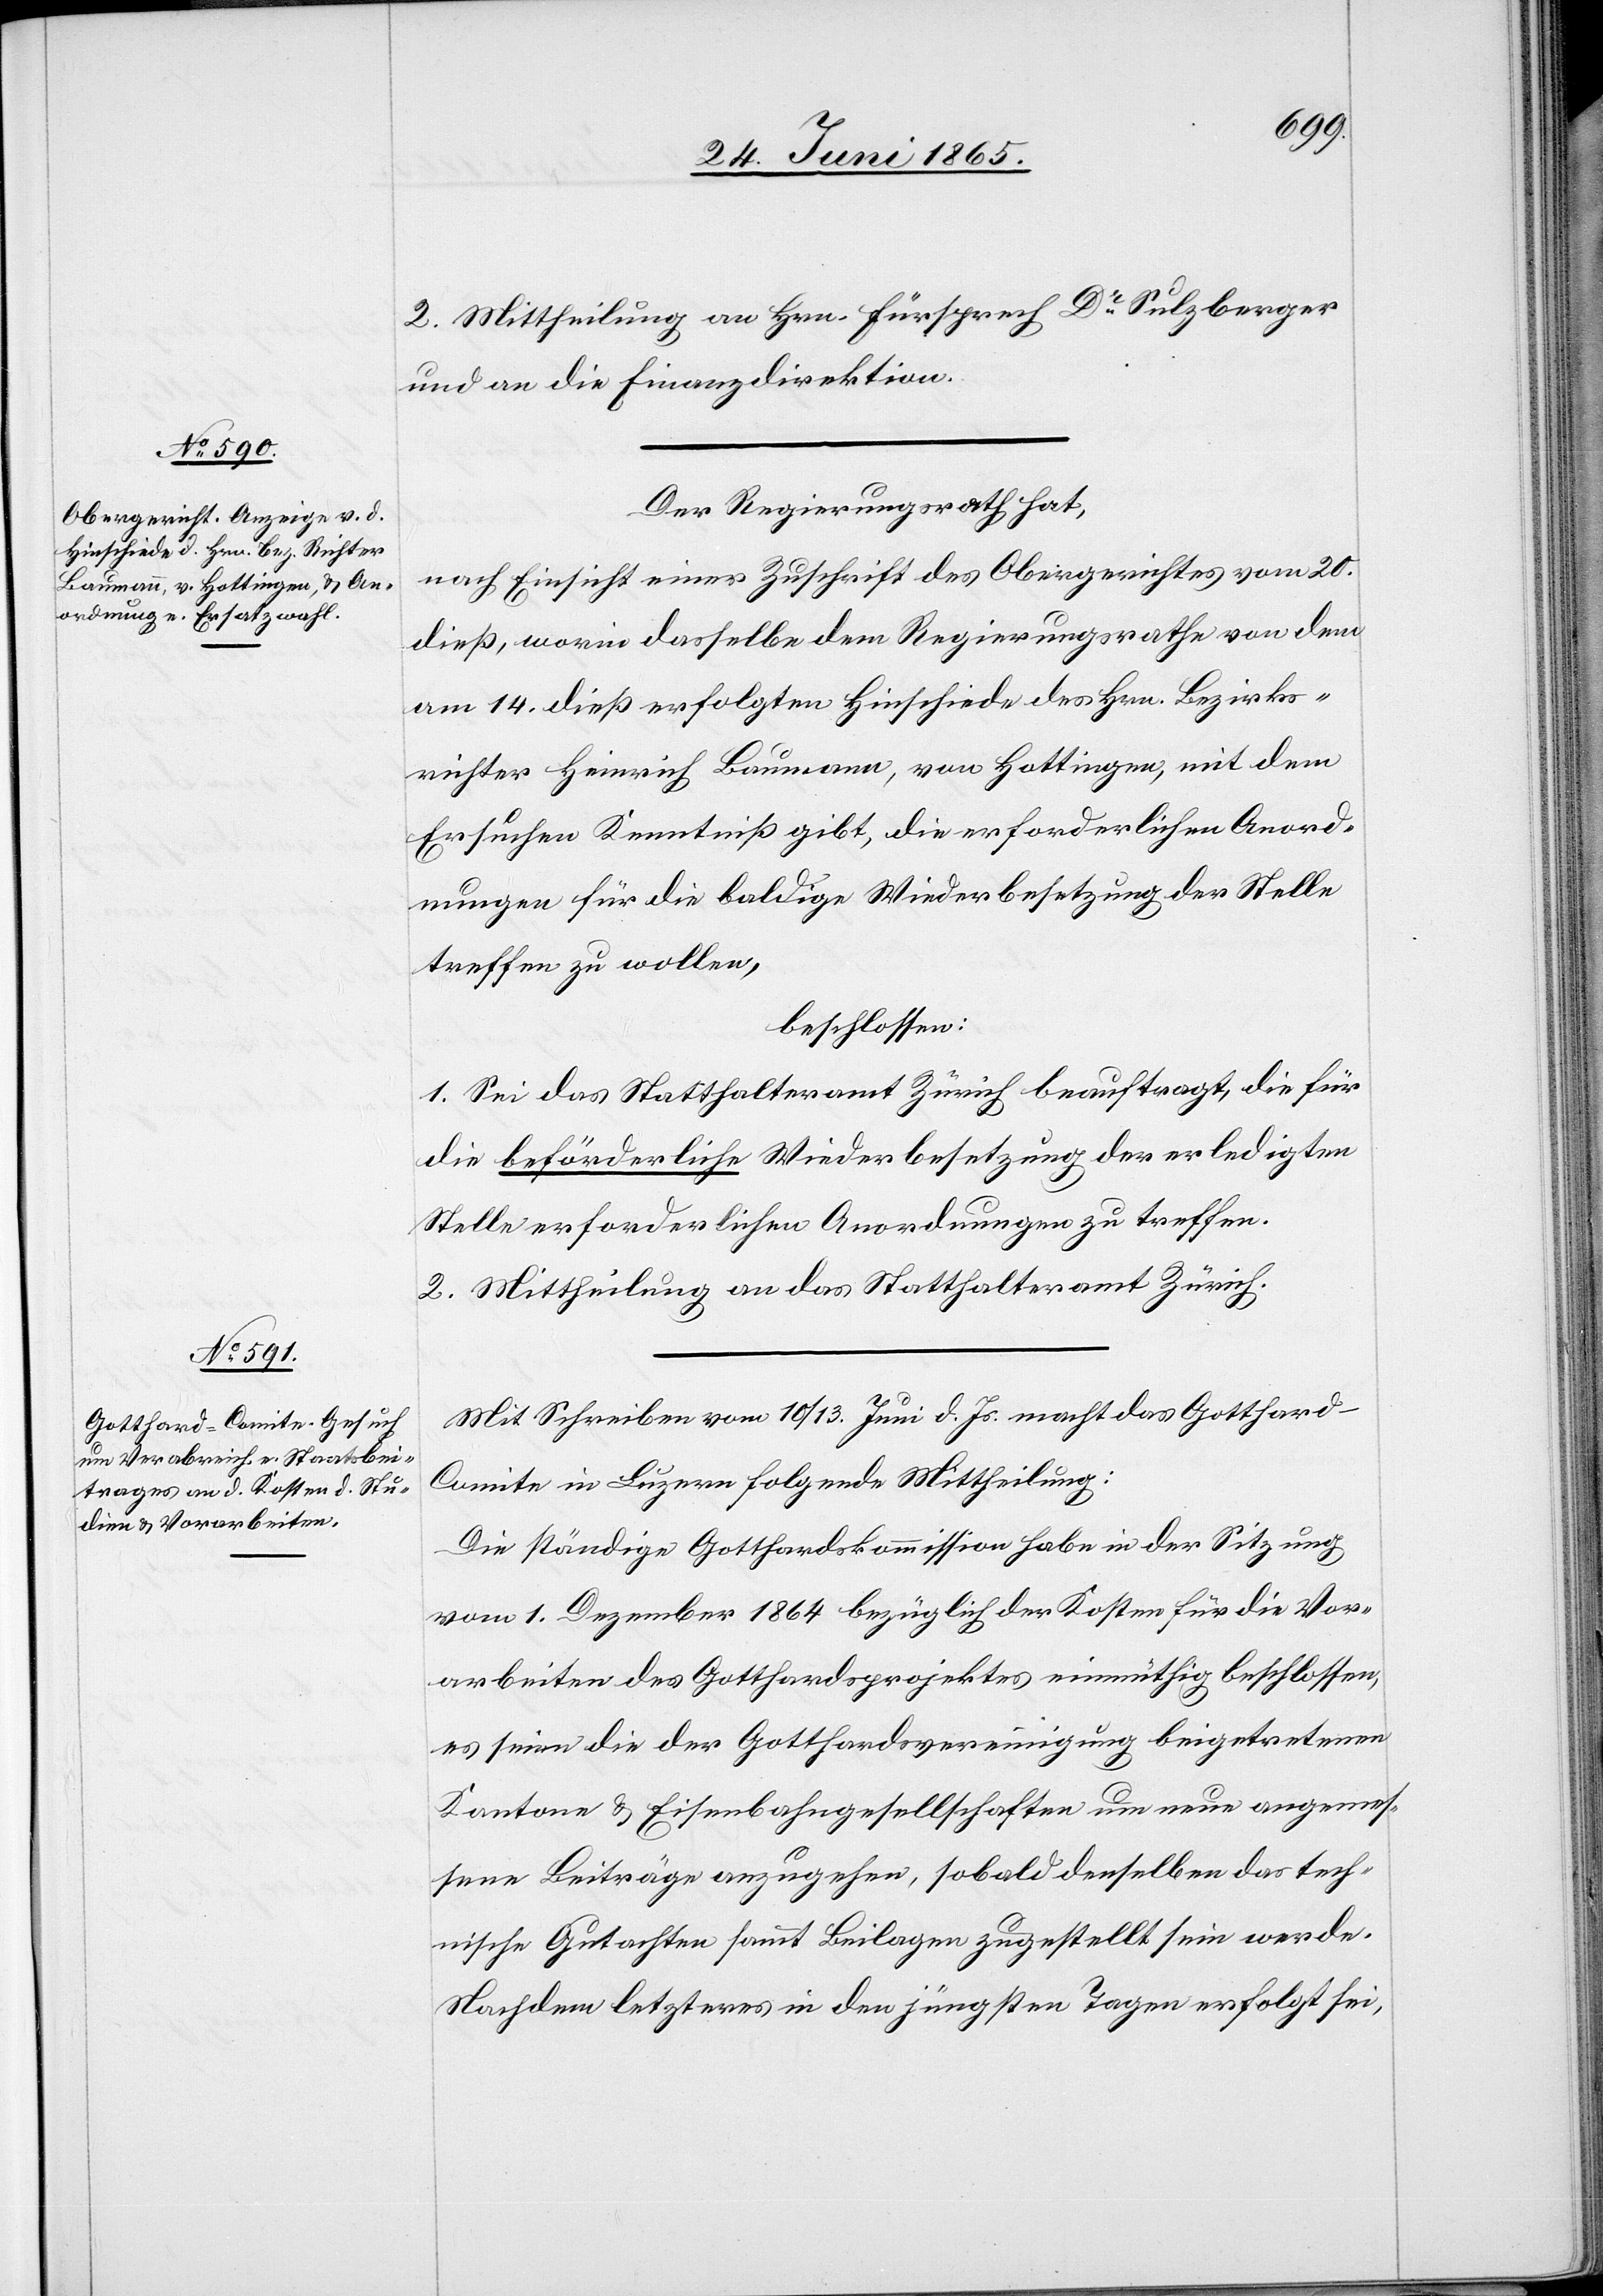
Dr Sulzberger
2. Mittheilung an Hrn. Fürsprech
und an die Finanzdirektion.
Der Regierungsrath hat,
nach Einsicht einer Zuschrift des Obergerichtes vom 20.
dieß, worin dasselbe dem Regierungsrathe von dem
am 14. dieß erfolgten Hinschiede des Hrn. Bezirks¬
richter Heinrich Baumann, von Hottingen, mit dem
Ersuchen Kenntniß gibt, die erforderlichen Anord¬
nungen für die baldige Wiederbesetzung der Stelle
treffen zu wollen,
beschlossen:
1. Sei das Statthalteramt Zürich beauftragt, die für
die beförderliche Wiederbesetzung der erledigten
Stelle erforderlichen Anordnungen zu treffen.
2. Mittheilung an das Statthalteramt Zürich.
Mit Schreiben vom 10/13. Juni d. Js. macht das Gotthard-C¬
omite in Luzern folgende Mittheilung:
Die ständige Gotthardskommission habe in der Sitzung
vom 1. Dezember 1864 bezüglich der Kosten für die Vor¬
arbeiten des Gotthardsprojektes einmüthig beschlossen,
es seien die der Gotthardsvereinigung beigetretenen
Kantone & Eisenbahngesellschaften um neue angemes¬
sene Beiträge anzugehen, sobald denselben das tech¬
nische Gutachten sammt Beilagen zugestellt sein werde.
Nachdem letzteres in den jüngsten Tagen erfolgt sei,